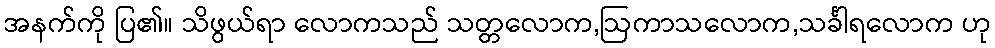
အနက်ကို ပြ၏။ သိဖွယ်ရာ လောကသည် သတ္တလောက,ဩကာသလောက,သင်္ခါရလောက ဟု